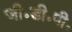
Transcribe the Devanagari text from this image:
जी॰डी॰पी॰